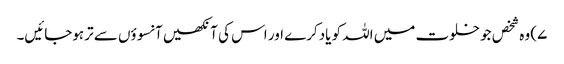
۷) وہ شخص جو خلوت میں اللہ کو یادکرے اور اس کی آنکھیں آنسوؤں سے ترہوجائیں۔